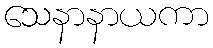
သေနာနာယကာ